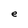
Character: e